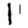
Digit: 1